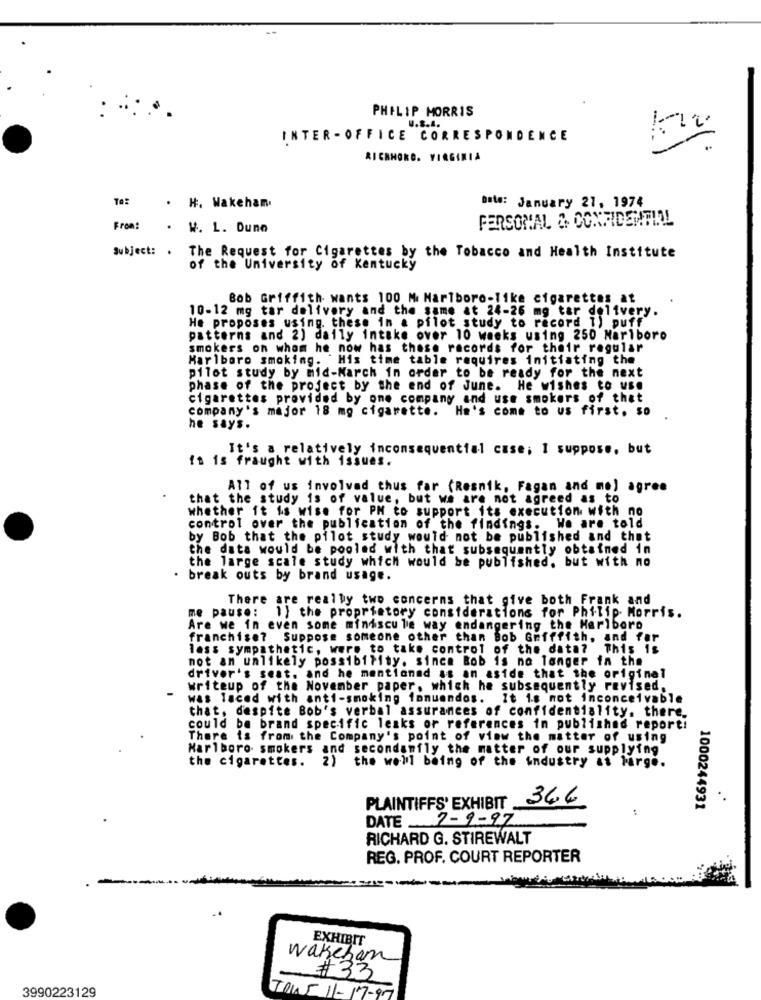
PHILIP MORRIS
u.S.A.
INTER - OFFICE CORRESPONDENCE
RICANORO. VIRGINIA
To:
. H. Wakehan
Date: January 21, 1974
PERSONAL & CONFIDENTIAL
From:
. W. L. Dune
The Request for Cigarettes by the Tobacco and Health Institute
Subject: .
of the University of Kentucky
Bob Griffith wants 100 Mi Marlboro-like cigarettes at
10-12 mg tar delivery and the same at 24-26 mg tar delivery.
He proposes using. these in a pilot study to record 1) puff
patterns and 2) daily intake over 10 weeks using 250 Marlboro
smokers on whom he now has these records for their regular
Marlboro smoking. His time table requires initiating the
pilot study by mid-March in order to be ready for the next
phase of the project by the end of June. He wishes to use
cigarettes provided by one company and use smokers of that
company's major 18 mg cigarette. He's come to us first. so
he says.
It's a relatively inconsequential case; I suppose, but
it is fraught with issues.
All of us involved thus far (Resnik, Fagan and me) agree
that the study is of value, but we are not agreed as to
whether it is wise for PH to support its execution with no
control over the publication of the findings. We are told
by Bob that the pilot study would not be published and that
the data would be pooled with that subsequently obtained in
the large scale study which would be published, but with no
. break outs by brand usage.
There are really two concerns that give both Frank and
me pause: 1) the proprietory considerations for Philip Morris.
Are we in even some miniscule way endangering the Marlboro
franchise? Suppose someone other than Bob Griffith, and for
lass sympathetic, were to take control of the data? This is
not an unlikely possibility. since Bob is no longer in the
driver's seat. and he mentioned as an aside that the original
writeup of the November paper, which he subsequently revised,
was laced with anti-smoking fonuendos. It is not inconceivable
that, despite Bob's verbal assurances of confidentiality. there.
could be brand specific lesks or references in published report:
There is from the Company's point of view the matter of using
Marlboro smokers and secondamily the matter of our supplying
the cigarettes.
2)
the well being of the industry at large.
366
PLAINTIFFS' EXHIBIT
1000244931
DATE 7-9-97
RICHARD G. STIREWALT
REG. PROF. COURT REPORTER
EXHIBIT
wakeham
# 33
3990223129
TOUS 11-17-97